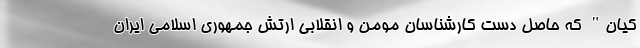
کیان" که حاصل دست کارشناسان مومن و انقلابی ارتش جمهوری اسلامی ایران